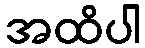
အထိပါ